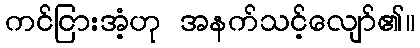
ကင်ငြားအံ့ဟု အနက်သင့်လျော်၏။